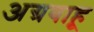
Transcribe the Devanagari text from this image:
अग्रबाहू